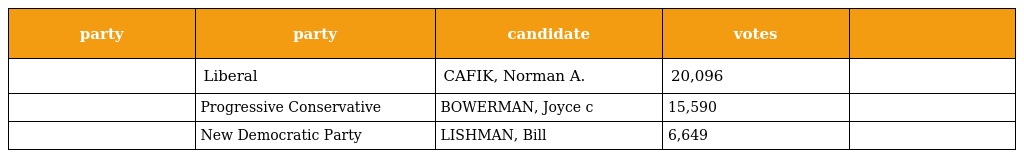
| party | party | candidate | votes |  |
 | --- | --- | --- | --- | --- |
 |  | Liberal | CAFIK, Norman A. | 20,096 |  |
 |  | Progressive Conservative | BOWERMAN, Joyce c | 15,590 |  |
 |  | New Democratic Party | LISHMAN, Bill | 6,649 |  |